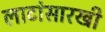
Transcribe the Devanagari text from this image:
लाटांसारखी